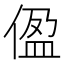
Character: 𫣂